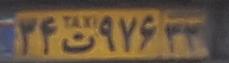
۳۴ت۹۷۶۳۳